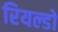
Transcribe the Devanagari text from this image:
रियल्डो